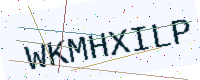
Text: WKMHXILP